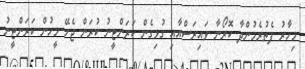
މިހާރު ފެތުރެމުންދާ ކޮރޯނާ ވައިރަސްއާއި ގުޅިގެން ކަރަންޓީނު ކުރަން ޖެހޭ މީހުން ކަރަންޓީނު